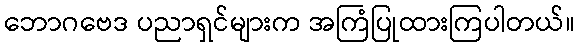
ဘောဂဗေဒ ပညာရှင်များက အကြံပြုထားကြပါတယ်။